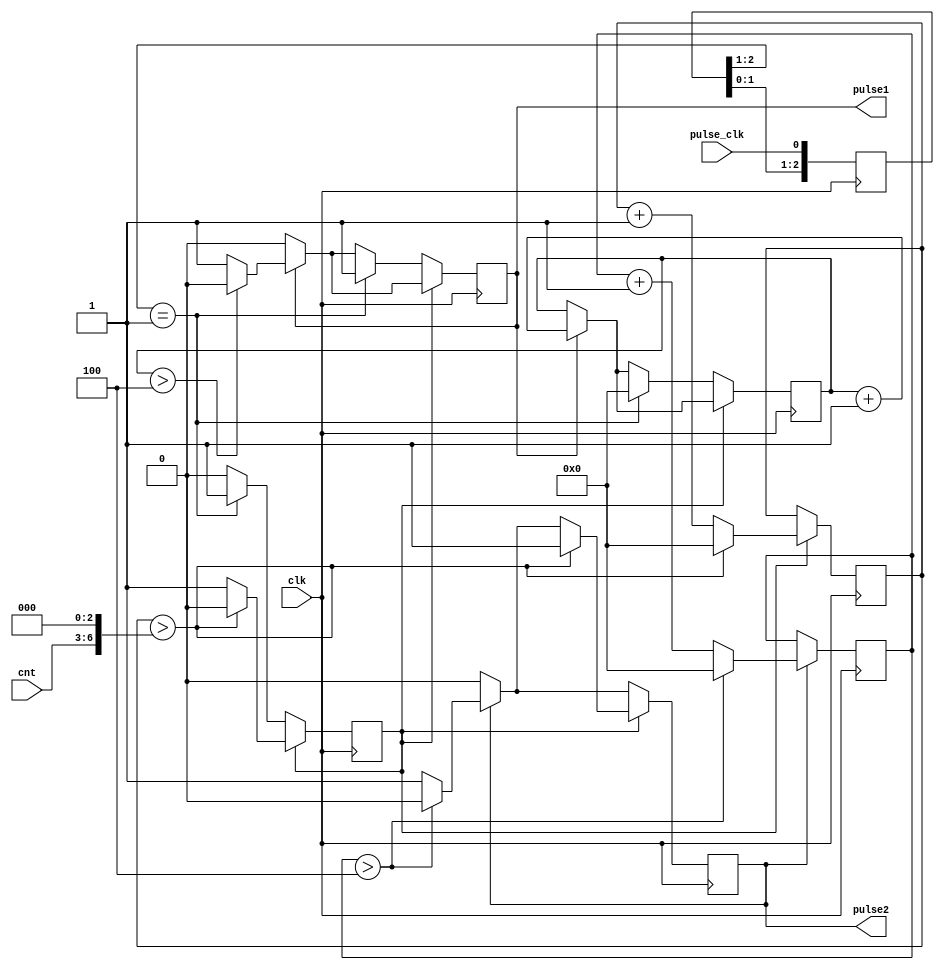
module pulse_generator(
    input wire clk,
    input wire pulse_clk,
    input wire [3:0] cnt,//delay between pulses
    output reg pulse1,
    output reg pulse2
);
wire [7:0] delay = {1'b0,cnt[3:0],3'b0};
parameter pulse_size = 4;
reg [7:0] counter1=0;
reg [7:0] counter2=0;
reg [7:0] counter3=0;
reg activated = 1'b0;
reg [2:0] pulse_clk_r;  always @(posedge clk) pulse_clk_r <= { pulse_clk_r[1:0], pulse_clk };
wire pulse_clk_rising  = ( pulse_clk_r[2:1] == 2'b01 );

//make 20ns pulse1 when pulse_clk from clk(400Mhz)
//after delay, make 20ns pulse2 when pulse_clk from clk(400Mhz)
always @(posedge clk) begin
    if(pulse2) begin 
        if (counter3 > pulse_size) begin
            counter3 <= 0;
            pulse2 <= 0;
        end
        else begin
            pulse2 <= 1;
            counter3 <= counter3 + 1;
        end
    end
    
    if(pulse1) begin 
        if (counter1 > pulse_size) begin
            counter1 <= 0;
            pulse1 <= 0;
        end
        else
            pulse1 <= 1;
            counter1 <= counter1 + 1;
    end
    if(activated) begin
        counter2 <= counter2 + 1;
        if(counter2 > delay) begin
            pulse2 <= 1;
            counter2 <= 0;
            activated <= 0;
        end
    end
    else if(pulse_clk_rising) begin
        pulse1 <= 1;
        counter1 <= 0;
        activated <= 1;
    end

end
endmodule